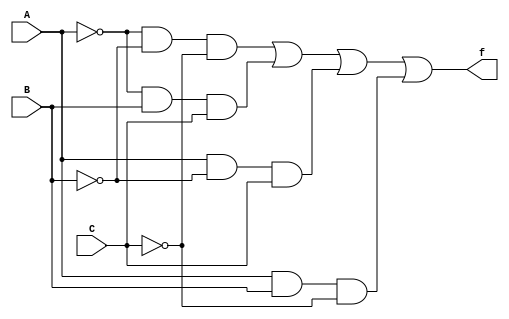
`timescale 1ns / 1ps
//////////////////////////////////////////////////////////////////////////////////
// Company: 
// Engineer: 
// by sina amininasab and amirhossein najafizade
// Design Name: 
// Module Name:    simple_chip_master 
// Project Name: 
// Target Devices: 
// Tool versions: 
// Description: 
//
// Dependencies: 
//
// Revision: 
// Revision 0.01 - File Created
// Additional Comments: 
//
//////////////////////////////////////////////////////////////////////////////////
module ex_circuit(A,B,C,f);
    input A,B,C;
    output f;
    wire ap, bp, cp, o1, o2, o3, o4;
    not a_not(ap, A);
    not b_not(bp, B);
    not c_not(cp, C);
    and output_1(o1, ap, bp, cp);
    and output_2(o2, ap, B, C);
    and output_3(o3, A, bp, C);
    and output_4(o4, A, B, cp);
    or result(f, o1, o2, o3, o4);
endmodule